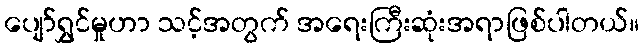
ပျော်ရွှင်မှုဟာ သင့်အတွက် အရေးကြီးဆုံးအရာဖြစ်ပါတယ်။